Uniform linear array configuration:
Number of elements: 48
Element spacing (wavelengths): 0.75
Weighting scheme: hamming
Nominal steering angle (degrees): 60
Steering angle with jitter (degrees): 59.287
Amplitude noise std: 0.05
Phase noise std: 0.05

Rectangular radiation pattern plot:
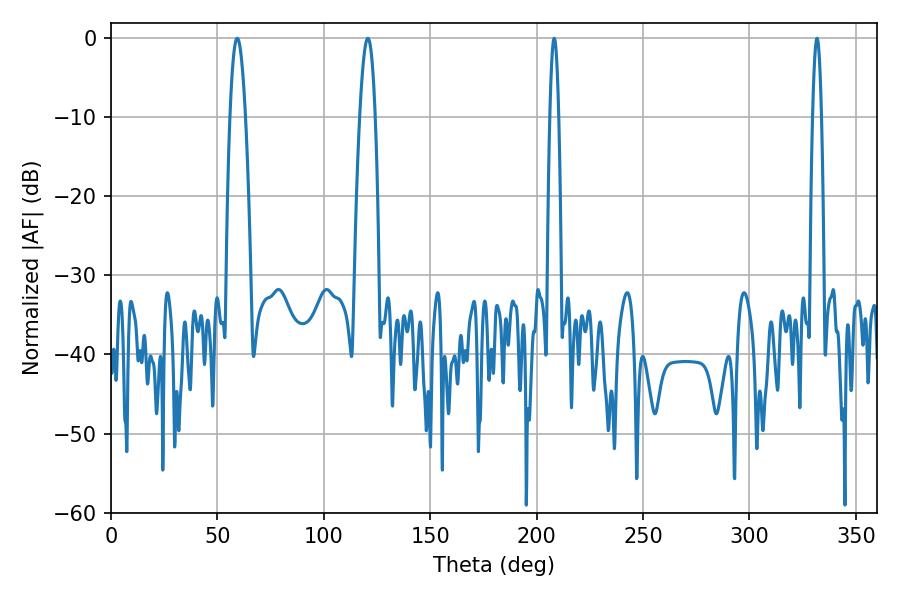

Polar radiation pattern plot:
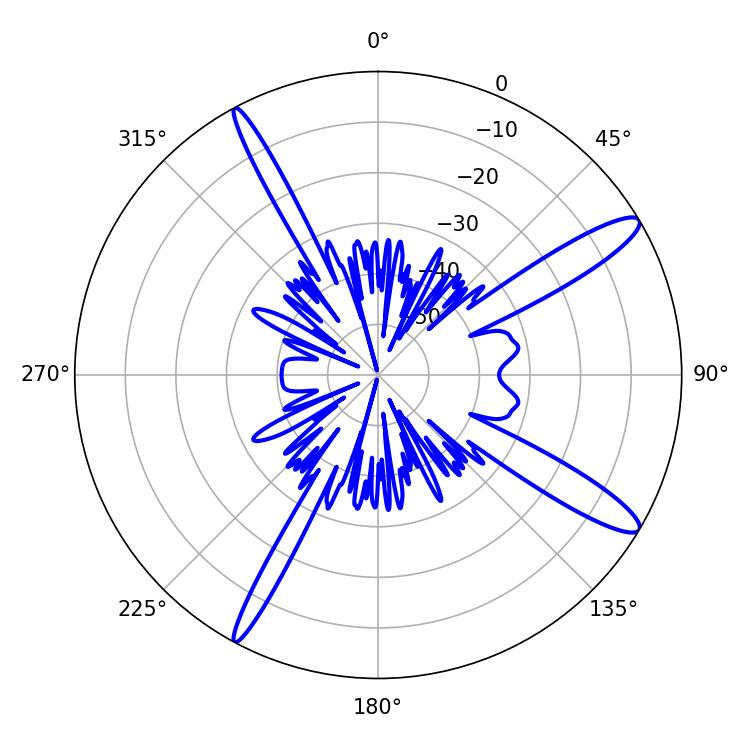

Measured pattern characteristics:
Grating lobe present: TRUE
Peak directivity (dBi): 13.495
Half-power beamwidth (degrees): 2.16
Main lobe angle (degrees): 208.26